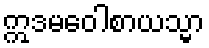
ဣဒမဝေါစာယသ္မာ